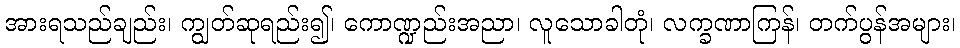
အားရသည်ချည်း၊ ကျွတ်ဆုရည်း၍၊ ကောဏ္ဍည်းအညာ၊ လူသောခါတုံ၊ လက္ခဏာကြန်၊ တက်ပွန်အများ၊